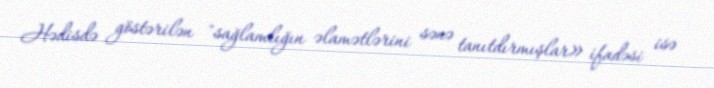
Hədisdə göstərilən "sağlamlığın əlamətlərini sənə tanıtdırmışlar» ifadəsi isə